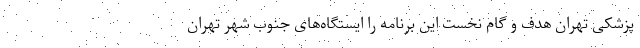
پزشکی تهران هدف و گام نخست این برنامه را ایستگاه‌های جنوب شهر تهران